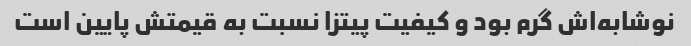
نوشابه‌اش گرم بود و کیفیت پیتزا نسبت به قیمتش پایین است